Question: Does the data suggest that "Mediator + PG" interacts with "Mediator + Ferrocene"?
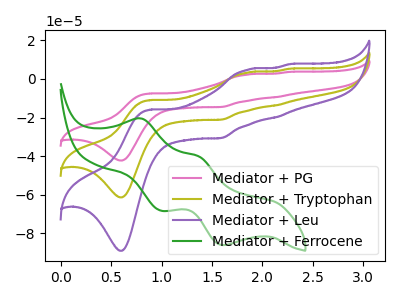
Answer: <think>The pink curve "Mediator + PG" has anodic peaks at (0.90V, -22.00uA) (1.85V, 6.55uA) (2.15V, -27.30uA) (2.25V, 10.45uA) and cathodic peaks at (0.60V, -122.70uA) (1.60V, -42.30uA). The olive curve "Mediator + Tryptophan" has anodic peaks at (0.90V, -11.00uA) (1.85V, 3.25uA) (2.15V, -13.65uA) (2.25V, 5.25uA) and cathodic peaks at (0.60V, -61.35uA) (1.60V, -21.15uA). The purple curve "Mediator + Leu" has anodic peaks at (0.90V, -15.95uA) (1.85V, 4.75uA) (2.15V, -19.80uA) (2.25V, 7.60uA) and cathodic peaks at (0.60V, -89.00uA) (1.60V, -30.65uA). The green curve "Mediator + Ferrocene" has anodic peaks at (0.80V, -20.55uA) (1.35V, -40.20uA) and cathodic peaks at (1.00V, -68.15uA) (1.60V, -86.05uA).
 "Mediator + PG" and "Mediator + Ferrocene" have a different number of peaks.</think>
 <answer>Yes, "Mediator + PG" and "Mediator + Ferrocene" are different in shape.</answer>
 <eval>yes_change</eval>